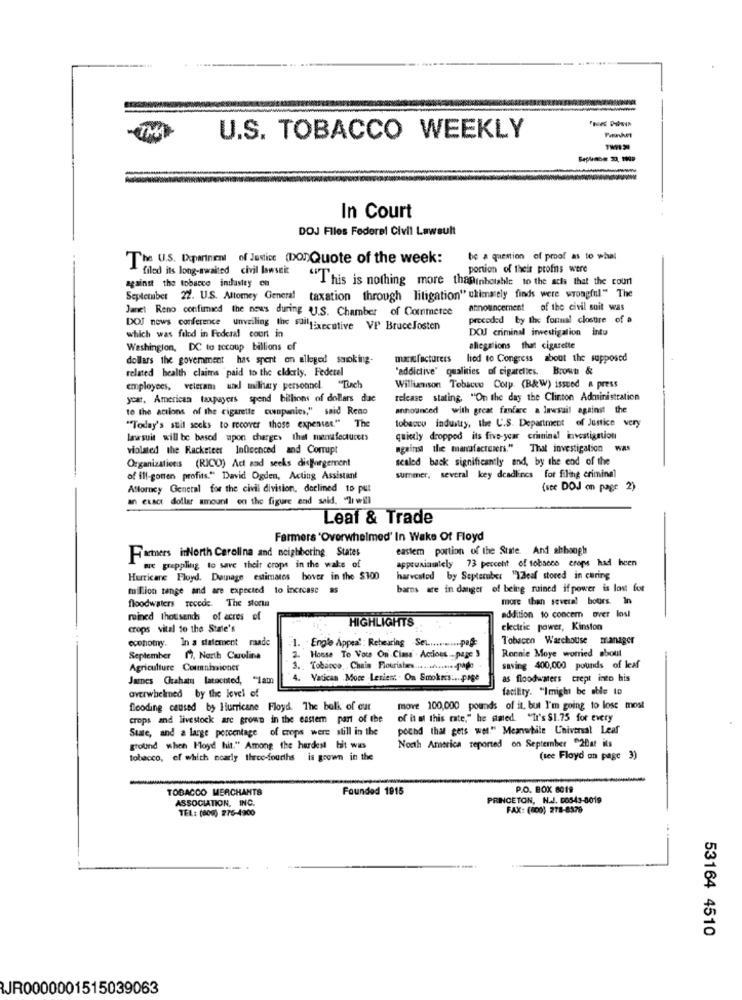
U.S. TOBACCO WEEKLY
In Court
DOJ Files Federal Civil Lawsuit
The U.S. Department of Justice (DonQuote of the week:
be a question of proof as to whal
filed its long-awaited civil lawsuit
portion of their profis were
"This is nothing more thaninhetable to the adis that the coun
against the tobacco industry en
September 22. U.S. Attorney General taxation through litigation" ukimately finds were wrongful." The
Janet Reno confimied the news during U.S. Chamber of Commerce
announcement of the civil suit was
preceded by the formal closure of a
DOJ news conference unveiling the stiltExecutive VP BruceJosten
DOJ criminal investigation into
which was filod in Federal court in
Washington, DC to recoup billions of
allegations that cigarette
dollars the government has spent on alleged smoking-
manufacturers
lied to Congress about the supposed
related health claims paid to the elderly. Federel
"addictive" qualities of cigarettes. Brown &
employees, veleram uad military personnel. "Tach
Williamson Tobacco Corp. (B&W) issued & press
ycar. American taxpayers spend billions of dollars due
release stating, "On the day the Clinton Administration
to the actions of the cigarette companies," said Reno
announced with great fanfare a lawsuit against the
tobacco industry, the U.S. Department of Justice very
"Today's suit socks to recover those expenses." The
lawsuit will be based upon charge> that menfecturets
quickly dropped its five-year criminal investigation
violated the Racketeer Influenced and Corrupt
against the manufacturers." That investigation was
scaled back significantly and, by the end of the
Organizations (RICO) Act and seeks dis gorgement
of ill-gotten profits." David Ogden, Acting Assistant
summer, several key deadlines for filing criminal
Attorney General for the civil division, declined to put
(ste DOJ on page 2)
an exact dollar amount on the figure and said, "Ir will
Leaf & Trade
Farmers 'Overwhelmed' In Wake Of Floyd
eastem portion of the State. And abbongh
Farmers inNorth Carolina and neighboring States
approximately 73 percent of tobacco crops had been
wie grappling to save their crops in the wake of
Hurricane Floyd. Damage estimates hover in the $100
harvested by Septeraber "YZleaf stored in curing
tuillion tenge and are expected to increase as
barns are in danger of being ruined if power is lost for
floodwaters recede. The storm
more than several hours. In
ruined thousands of acres of
addition to concem over losl
crops vital to the State's
HIGHLIGHTS
electric power, Kinston
economy. In a dalement raade
1. Engle Appeal: Rebearing -Se ............. pafc
Tobacco Warcholise manager
Ronnie Moye worried about
September 17, North Carolina
House To Vou On Class . Acious -page 3
Agriculture Commissioner
.. Tobacco ,. Chain Flourishes ............ pago
saving 400,000 pounds of leaf
James Chrahat latocoted, "1am
4. Vatican Moce Lerien: . On Smokers .... page
as floodwaters crept into his
facility. "Imight be able to
overwhelmed by the level of
flooding caused by Hurricane Floyd. The ball of our
move 100,000 pounds of it, but I'm going to lose most
crops and livestock are grown in the eastern part of the
of it al this rate," he pated. "It's $1.75 for every
State, and a large percentage of crops were still in the
polhd that gets wel." Meanwhile Universal Leaf
ground when Floyd hit." Among the hardest bit was
North America reported on September 20at its
tobacco, of which nearly three-fourths is grown in the
(see Floyd on page 3)
TOBACCO MERCHANTS
Founded 1915
P.O. BOX 6019
ASSOCIATION, INC.
PRINCETON, N.J. DOS43-8019
TEL: (800) 275-4900
FAX: (800) 278-8379
53164 4510
JR0000001515039063